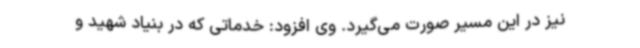
نیز در این مسیر صورت می‌گیرد. وی افزود: خدماتی که در بنیاد شهید و